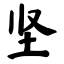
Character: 坚